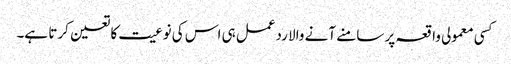
کسی معمولی واقعہ پر سامنے آنے والا ردعمل ہی اس کی نوعیت کا تعین کرتا ہے۔